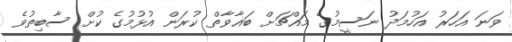
ވަނަ އަހަރު އަހުމަދު ނަސީމުގެ މައްޗަށް ބަޣާވާތް ކުރަން އުޅުމުގެ ކުށް ސާބިތުވެ